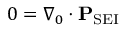
0 = \nabla _ { 0 } \cdot \mathbf { P } _ { \mathrm { S E I } }